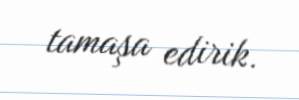
tamaşa edirik.